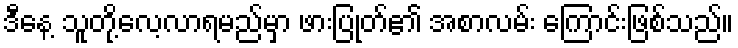
ဒီနေ့ သူတို့လေ့လာရမည်မှာ ဖားပြုတ်၏ အစာလမ်း ကြောင်းဖြစ်သည်။